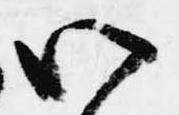
八